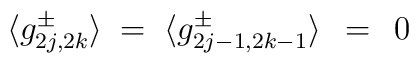
\langle g_{2j,2k}^\pm \rangle \;=\;\langle g_{2j-1,2k-1}^\pm \rangle \;\,=\;\, 0 \\